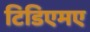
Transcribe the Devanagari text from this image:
टिडिएमए